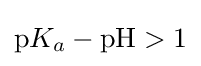
\mathrm {p} K_{a}-\mathrm {pH} >1